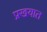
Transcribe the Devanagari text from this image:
प्रखयात